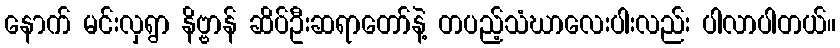
နောက် မင်းလှရွာ နိဗ္ဗာန် ဆိပ်ဦးဆရာတော်နဲ့ တပည့်သံဃာလေးပါးလည်း ပါလာပါတယ်။